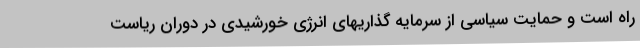
راه است و حمایت سیاسی از سرمایه گذاریهای انرژی خورشیدی در دوران ریاست